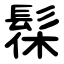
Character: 髹